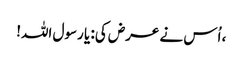
، اُس نے عرض کی: یا رسول اللہ!